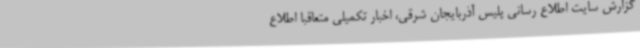
گزارش سایت اطلاع رسانی پلیس آذربایجان شرقی، اخبار تکمیلی متعاقبا اطلاع